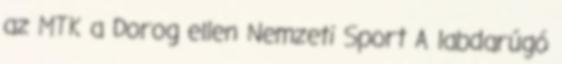
az MTK a Dorog ellen Nemzeti Sport A labdarúgó